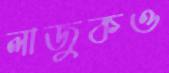
লাজুকও